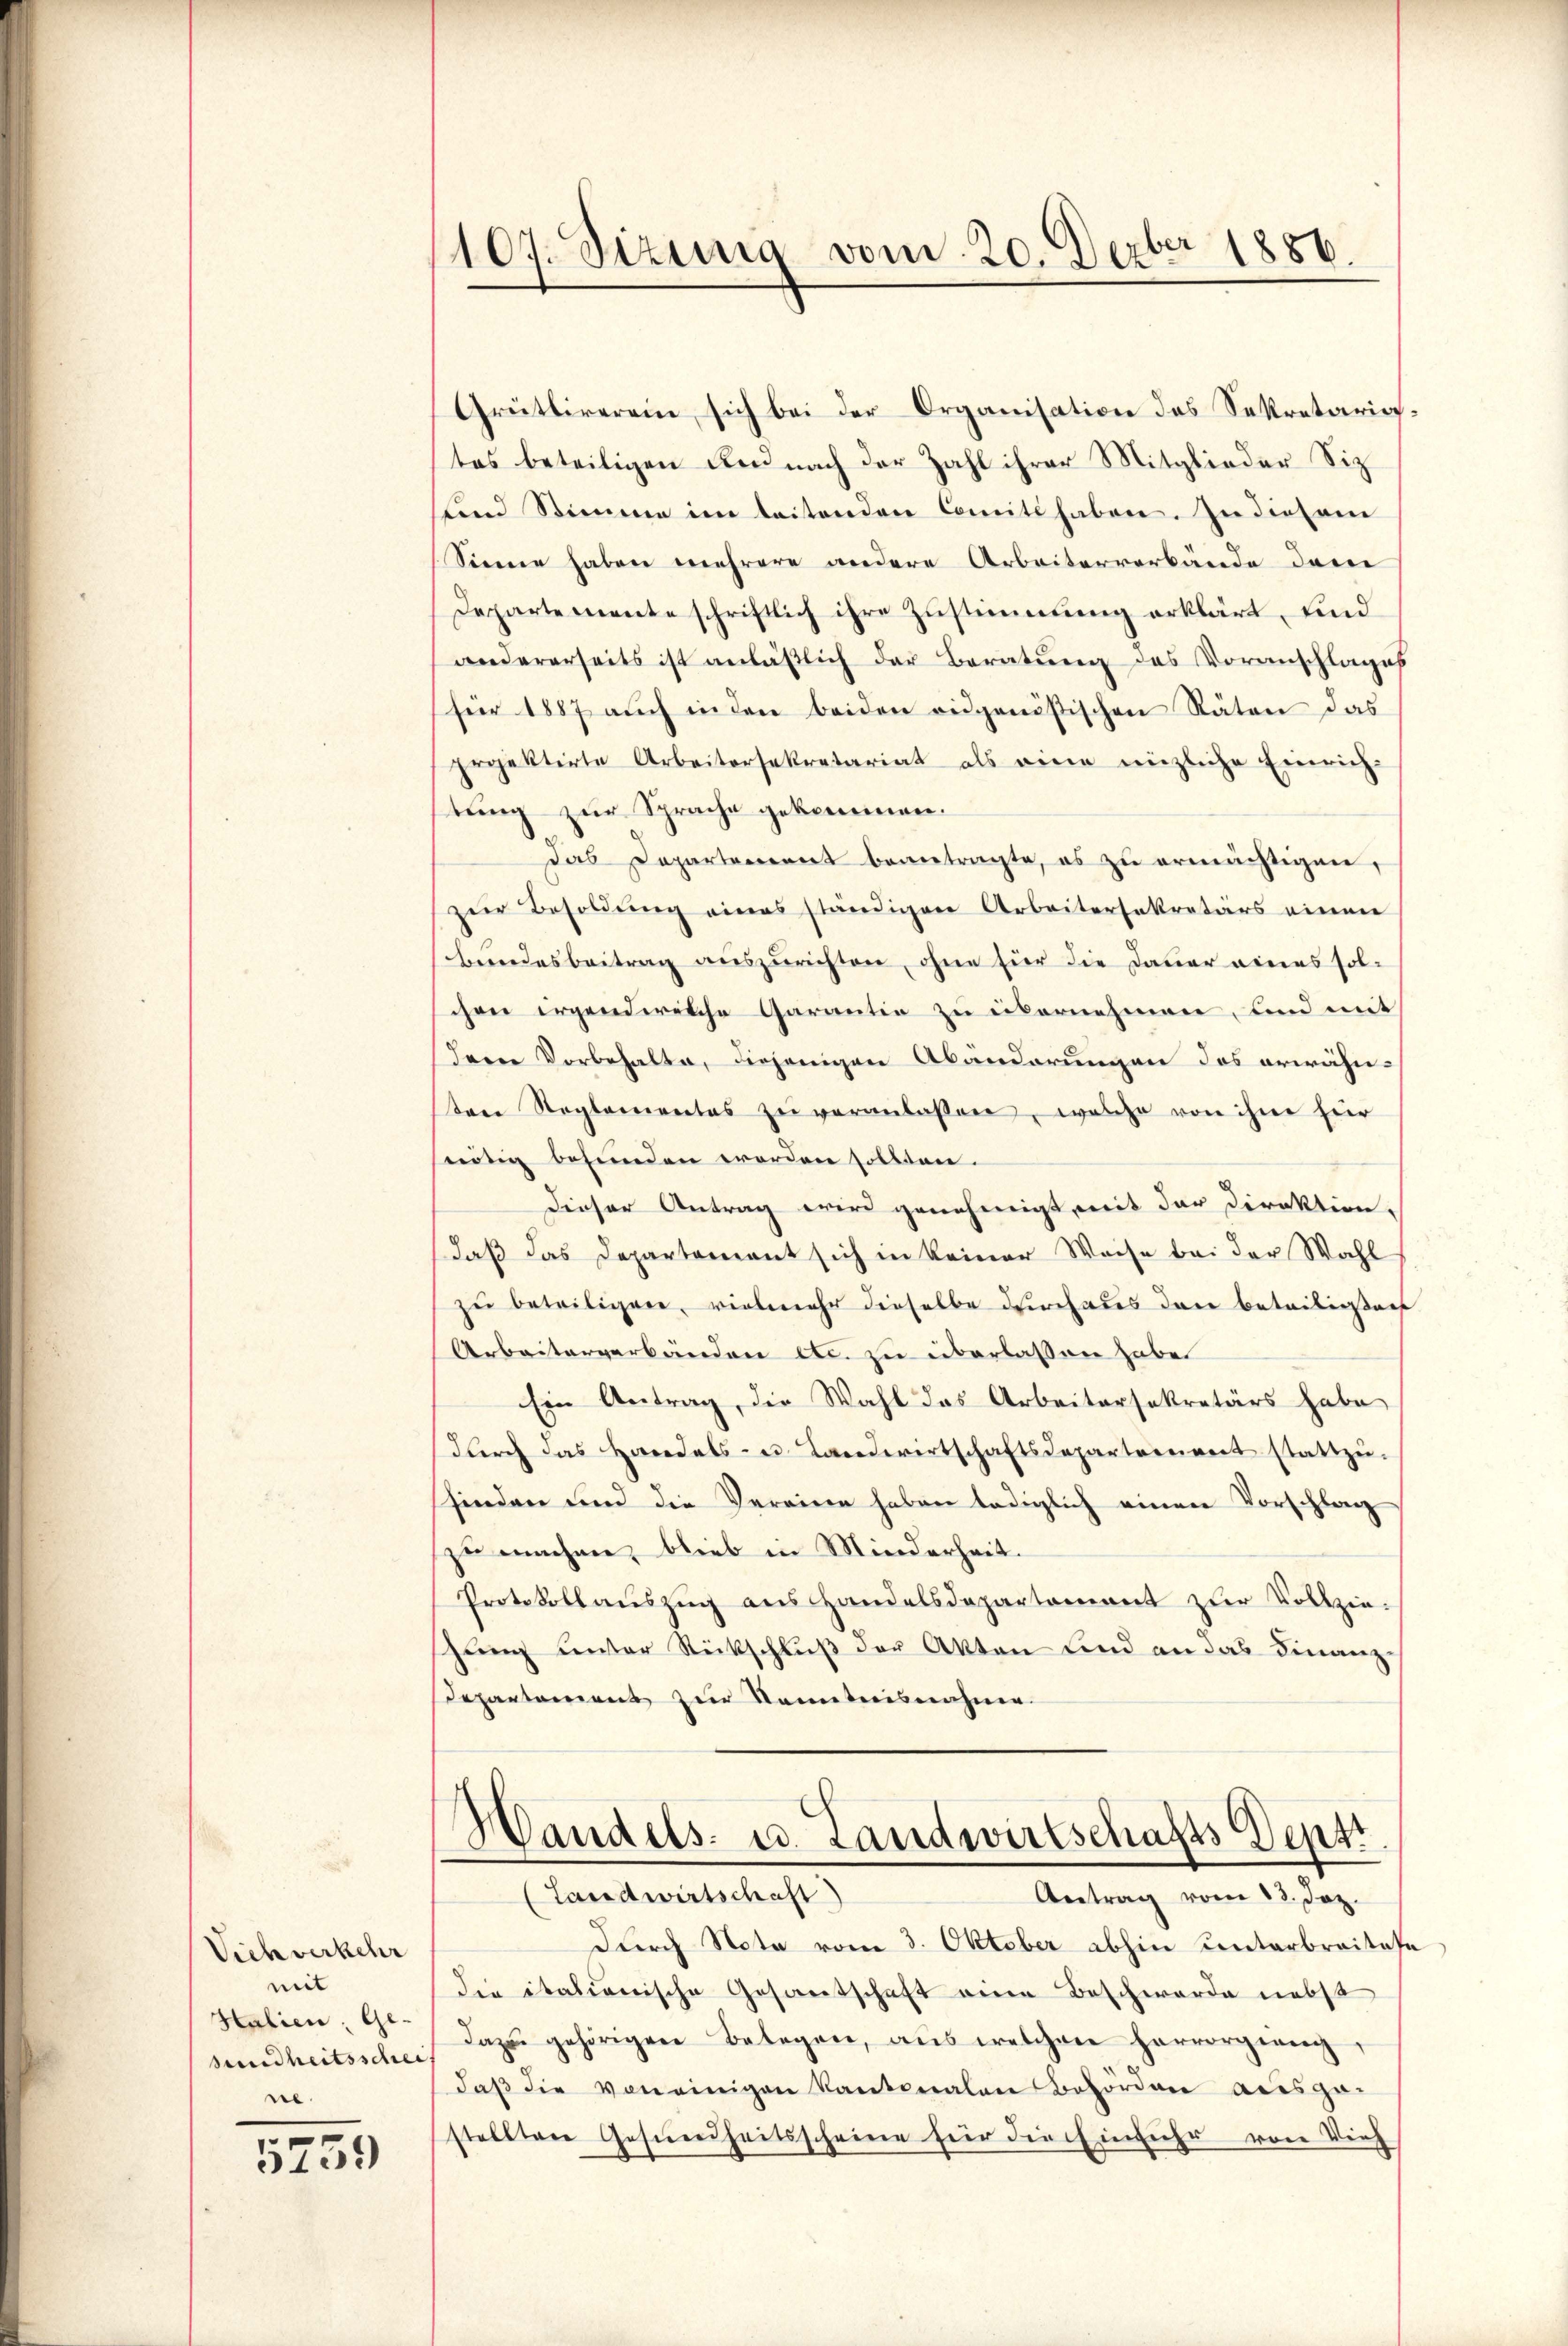
Viehverkehr
mit
Halien; Ge-
sundheitsschei
ne.

5739

1886.
1107. Sizung vom 20. Der

Grütliverein sich bei der Organisation des Sekretariates beteiligen und nach der Zahl ihrer Mitglieder Sitz
nd Stimme im leitenden Comite haben. In diesem
Sinne haben mehrere andere Arbeiterverbände den
Departemente schriftlich ihre Zustimmung erklärt, und
andererseits ist anläβlich der Beratŭng des Voranschlages
für 1887 aŭch in den beiden eidgenößischen Räten das
projektirte Arbeitersekretariat als eine enzliche Einrich-
tung zur Sprache gekommen.
das Departement beantragte, es zu ermächtigen,
zur Besoldung eines ständigen Arbeitersekretärs einen
Bundesbeitrag auszurichten, ohne für die Dauer eines solchen irgendwelche Garantia zu übernehmen, und mit
Dem Vorbehalte, diejenigen Abänderungen des erwähn-
tene Reglementas zu veranlassen, welche von ihne hier
nötig befunden worden sollten.
Dieser Antrag wird genehmigt, mit der Direktion,
daß das Departement sich in keiner Weise bei der Wahl
zŭ beteiligen, vielmehr dieselbe durchaus den beteiligten
Arbeiterverbänden etc. zu überlassen habe.
Ein Antrag, die Wahl das Arbeitersekretärs habe
dŭrch das Handels- u. Landwirtschaftsdepartement stattzŭ-
finden und die Vereine haben lediglich einen Vorschlag
zu machen, blieb in Minderheit.
Protokollauszug aus Handelsdepartement zur Vollzieshung unter Rückschluß der Akten sind an das Finanz¬
Departement zur Kenntnisnahme.

Handels- u. Landwirtschafts Deptt
(Landwirtschaft)

Antrag vom 13. Jez.
durch Nota vom 3. Oktober abhin unterbreitese
die italiänische Gesantschaft eine Beschwerde nebst
dazŭ gehörigen Belegen, aus welchen hervorgeeigdaß die von einigen Kantonalen Behörden ausgestellten Gesundheitsscheine für die Einfuhr von Vieh